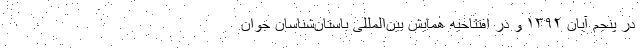
در پنجم آبان ۱۳۹۲ و در افتتاحیه‌ همایش بین‌المللی باستان‌شناسان جوان